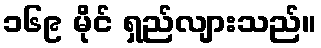
၁၆၉ မိုင် ရှည်လျားသည်။